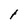
Character: l